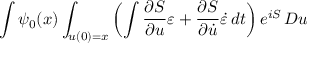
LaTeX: \int \psi _ { 0 } ( x ) \int _ { u ( 0 ) = x } \left( \int { \frac { \partial S } { \partial u } } \varepsilon + { \frac { \partial S } { \partial { \dot { u } } } } { \dot { \varepsilon } } \, d t \right) e ^ { i S } \, D u